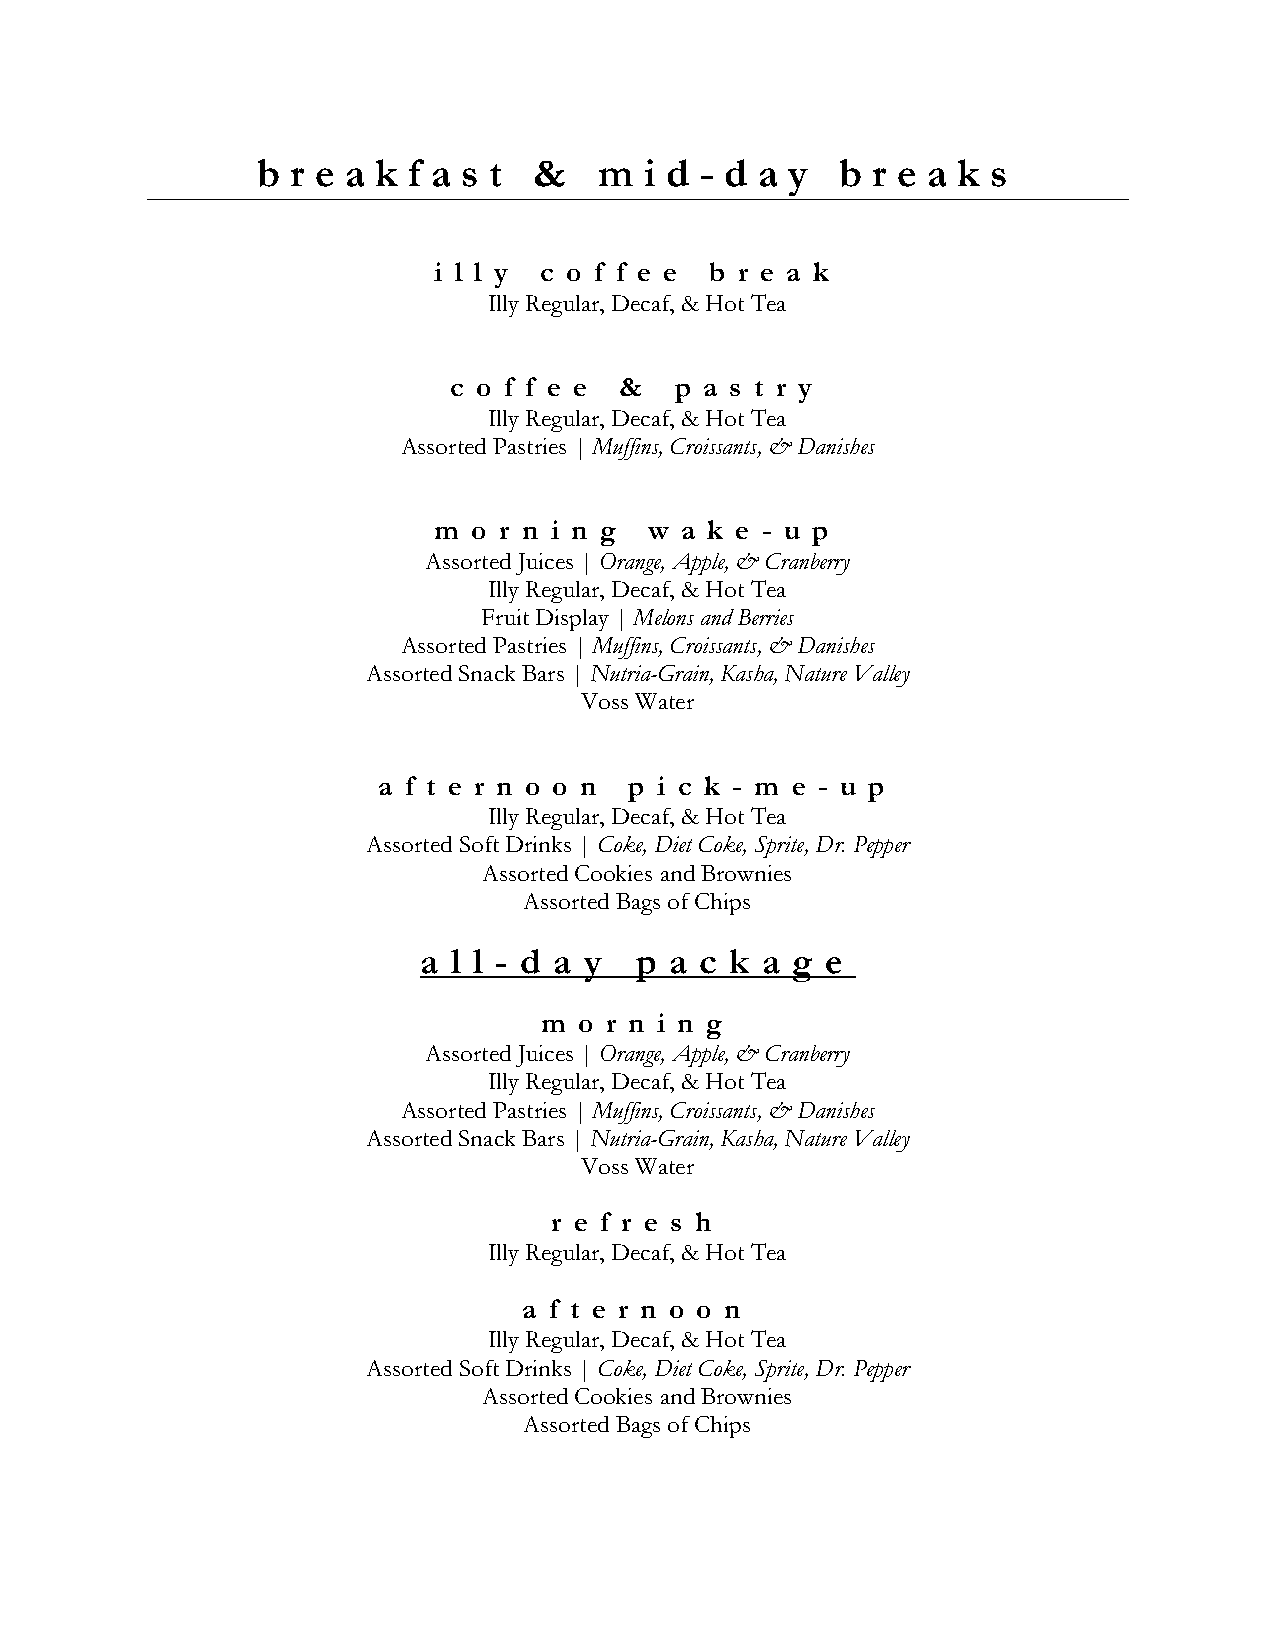
b r e a k f a s t &    m  i d - d a y  b r e a k s
 i l l y c o f f e e b r e a k
 Illy Regular, Decaf, & Hot Tea
 c o f f e e &  p a s t r y
 Illy Regular, Decaf, & Hot Tea
 Assorted Pastries | Muffins, Croissants, & Danishes
 m o r n i n g w a k e - u p
 Assorted Juices | Orange, Apple, & Cranberry
 Illy Regular, Decaf, & Hot Tea
 Fruit Display | Melons and Berries
 Assorted Pastries | Muffins, Croissants, & Danishes
 Assorted Snack Bars | Nutria-Grain, Kasha, Nature Valley
 Voss Water
 a f t e r n o o n p i c k - m e - u p
 Illy Regular, Decaf, & Hot Tea
 Assorted Soft Drinks | Coke, Diet Coke, Sprite, Dr. Pepper
 Assorted Cookies and Brownies
 Assorted Bags of Chips
 a l l - d a y p a c k a g  e
 m o r n i n g
 Assorted Juices | Orange, Apple, & Cranberry
 Illy Regular, Decaf, & Hot Tea
 Assorted Pastries | Muffins, Croissants, & Danishes
 Assorted Snack Bars | Nutria-Grain, Kasha, Nature Valley
 Voss Water
 r e f r e s h
 Illy Regular, Decaf, & Hot Tea
 a f t e r n o o n
 Illy Regular, Decaf, & Hot Tea
 Assorted Soft Drinks | Coke, Diet Coke, Sprite, Dr. Pepper
 Assorted Cookies and Brownies
 Assorted Bags of Chips